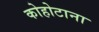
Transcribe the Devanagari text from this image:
कोहोटाना